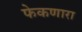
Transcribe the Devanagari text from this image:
फेकणारा